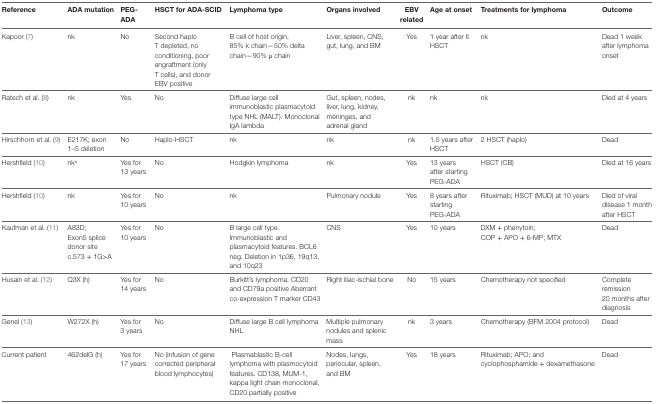
<table><thead><tr><td><b>Reference</b></td><td><b>ADA mutation</b></td><td><b>PEG-ADA</b></td><td><b>HSCT for ADA-SCID</b></td><td><b>Lymphoma type</b></td><td><b>Organs involved</b></td><td><b>EBV related</b></td><td><b>Age at onset</b></td><td><b>Treatments for lymphoma</b></td><td><b>Outcome</b></td></tr></thead><tbody><tr><td>Kapoor (7)</td><td>nk</td><td>No</td><td>Second haplo T depleted, no conditioning, poor engraftment (only T cells), and donor EBV positive</td><td>B cell of host origin, 85% k chain—50% delta chain—90% μ chain</td><td>Liver, spleen, CNS, gut, lung, and BM</td><td>Yes</td><td>1 year after II HSCT</td><td>nk</td><td>Dead 1 week after lymphoma onset</td></tr><tr><td>Ratech et al. (8)</td><td>nk</td><td>Yes</td><td>No</td><td>Diffuse large cell immunoblastic plasmacytoid type NHL (MALT). Monoclonal IgA lambda</td><td>Gut, spleen, nodes, liver, lung, kidney, meninges, and adrenal gland</td><td>nk</td><td>nk</td><td>nk</td><td>Died at 4 years</td></tr><tr><td>Hirschhorn et al. (9)</td><td>E217K; exon 1–5 deletion</td><td>No</td><td>Haplo-HSCT</td><td>nk</td><td>nk</td><td>nk</td><td>1.5 years after HSCT</td><td>2 HSCT (haplo)</td><td>Dead</td></tr><tr><td>Hershfield (10)</td><td>nk<sup>a</sup></td><td>Yes for 13 years</td><td>No</td><td>Hodgkin lymphoma</td><td>nk</td><td>Yes</td><td>13 years after starting PEG-ADA</td><td>HSCT (CB)</td><td>Died at 16 years</td></tr><tr><td>Hershfield (10)</td><td>nk</td><td>Yes for 10 years</td><td>No</td><td>nk</td><td>Pulmonary nodule</td><td>Yes</td><td>8 years after starting PEG-ADA</td><td>Rituximab; HSCT (MUD) at 10 years</td><td>Died of viral disease 1 month after HSCT</td></tr><tr><td>Kaufman et al. (11)</td><td>A83D; Exon5 splice donor site c.573 + 1G&gt;A</td><td>Yes for 10 years</td><td>No</td><td>B large cell type. Immunoblastic and plasmacytoid features. BCL6 neg. Deletion in 1p36, 19q13, and 10q23</td><td>CNS</td><td>Yes</td><td>10 years</td><td>DXM + phenytoin; COP + APO + 6-MP; MTX</td><td>Dead</td></tr><tr><td>Husain et al. (12)</td><td>Q3X (h)</td><td>Yes for 14 years</td><td>No</td><td>Burkitt’s lymphoma. CD20 and CD79a positive Aberrant co-expression T marker CD43</td><td>Right iliac-ischial bone</td><td>No</td><td>15 years</td><td>Chemotherapy not specified</td><td>Complete remission 20 months after diagnosis</td></tr><tr><td>Genel (13)</td><td>W272X (h)</td><td>Yes for 3 years</td><td>No</td><td>Diffuse large B cell lymphoma NHL</td><td>Multiple pulmonary nodules and splenic mass</td><td>nk</td><td>3 years</td><td>Chemotherapy (BFM 2004 protocol)</td><td>Dead</td></tr><tr><td>Current patient</td><td>462delG (h)</td><td>Yes for 17 years</td><td>No (infusion of gene corrected peripheral blood lymphocytes)</td><td>Plasmablastic B-cell lymphoma with plasmocytoid features. CD138, MUM-1, kappa light chain monoclonal, CD20 partially positive</td><td>Nodes, lungs, periocular, spleen, and BM</td><td>Yes</td><td>18 years</td><td>Rituximab; APO; and cyclophosphamide + dexamethasone</td><td>Dead</td></tr></tbody></table>